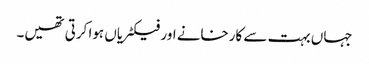
جہاں بہت سے کارخانے اور فیکٹریاں ہوا کرتی تھیں۔